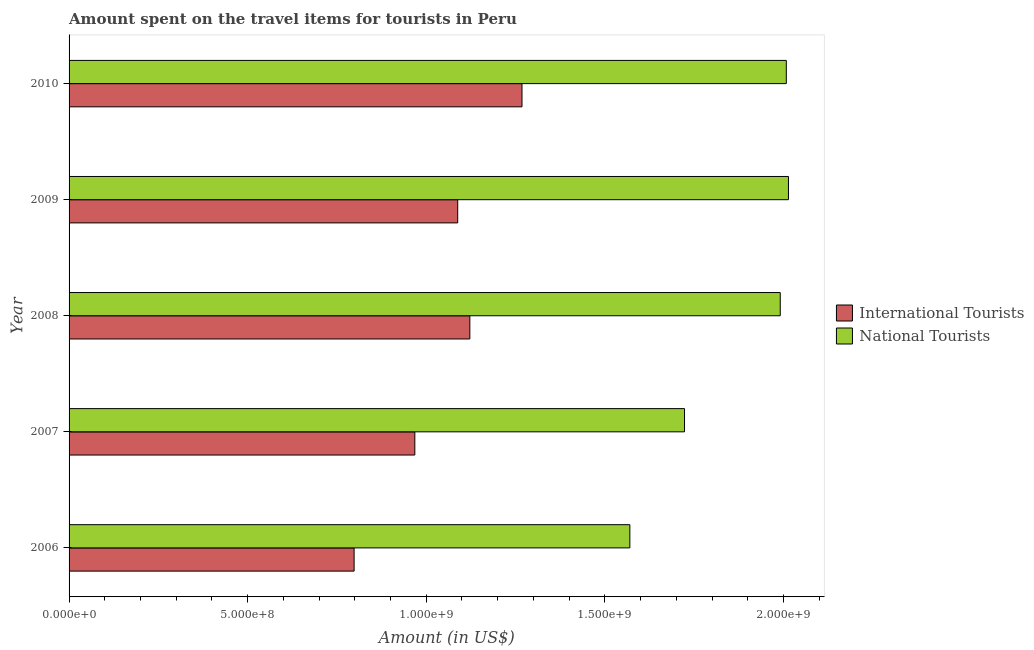
| Year | International Tourists | National Tourists |
 | --- | --- | --- |
 | 2006 | 7.98e+08 | 1.57e+09 |
 | 2007 | 9.68e+08 | 1.72e+09 |
 | 2008 | 1.12e+09 | 1.99e+09 |
 | 2009 | 1.09e+09 | 2.01e+09 |
 | 2010 | 1.27e+09 | 2.01e+09 |